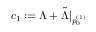
c _ { 1 } : = \Lambda + \tilde { \Lambda } \vert _ { p _ { 0 } ^ { ( 1 ) } }